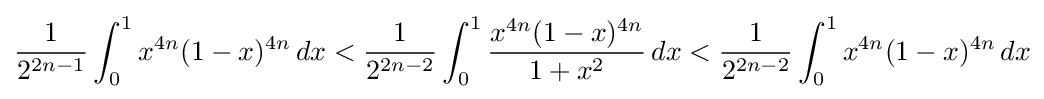
{\frac {1}{2^{2n-1}}}\int _{0}^{1}x^{4n}(1-x)^{4n}\,dx<{\frac {1}{2^{2n-2}}}\int _{0}^{1}{\frac {x^{4n}(1-x)^{4n}}{1+x^{2}}}\,dx<{\frac {1}{2^{2n-2}}}\int _{0}^{1}x^{4n}(1-x)^{4n}\,dx